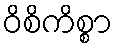
ဝိစိကိစ္စာ